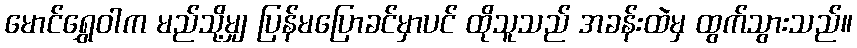
မောင်ရွှေဝါက မည်သို့မျှ ပြန်မပြောခင်မှာပင် ထိုသူသည် အခန်းထဲမှ ထွက်သွားသည်။